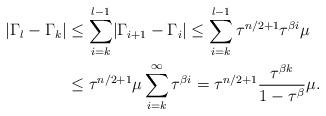
LaTeX: \begin{align*}\lvert \Gamma_{l}-\Gamma_{k}\rvert&\le \sum_{i=k}^{l-1}\lvert \Gamma_{i+1}-\Gamma_{i}\rvert\le \sum_{i=k}^{l-1}\tau^{n/2+1}\tau^{\beta i}\mu\\&\le \tau^{n/2+1}\mu\sum_{i=k}^{\infty}\tau^{\beta i}=\tau^{n/2+1}\frac{\tau^{\beta k}}{1-\tau^{\beta}}\mu.\end{align*}